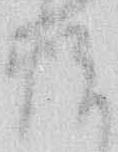
悦